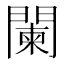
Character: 闌